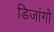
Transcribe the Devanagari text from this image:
डिजांगो